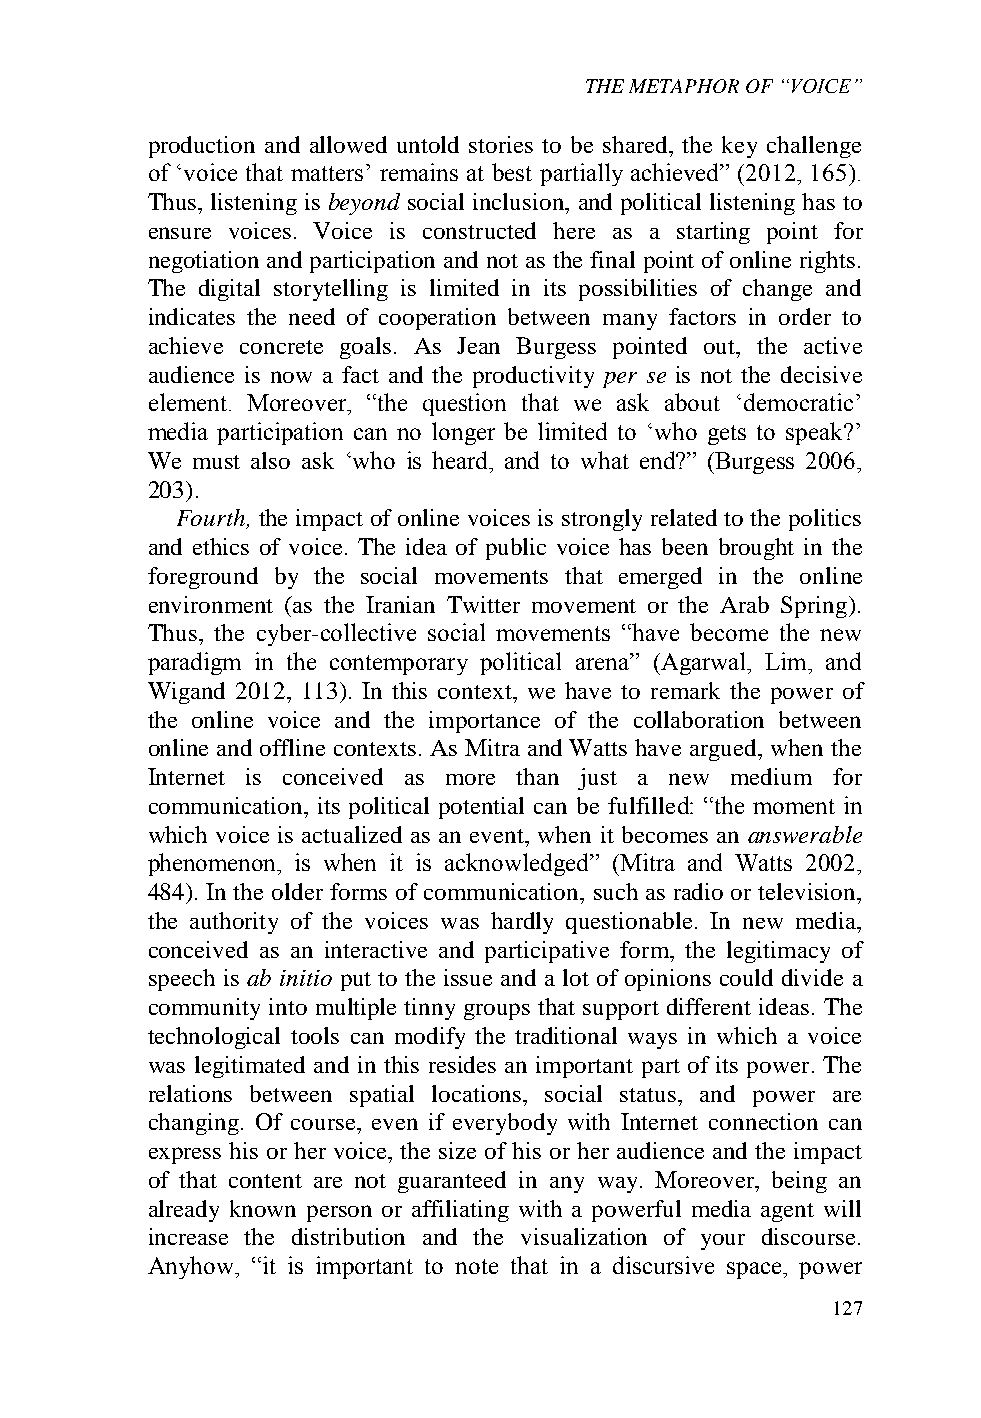
THE METAPHOR OF “VOICE”
 production and allowed untold stories to be shared, the key challenge
 of ‘voice that matters’ remains at best partially achieved” (2012, 165).
 Thus, listening is beyond social inclusion, and political listening has to
 ensure voices. Voice is constructed here as a starting point for
 negotiation and participation and not as the final point of online rights.
 The digital storytelling is limited in its possibilities of change and
 indicates the need of cooperation between many factors in order to
 achieve concrete goals. As Jean Burgess pointed out, the active
 audience is now a fact and the productivity per se is not the decisive
 element. Moreover, “the question that we ask about ‘democratic’
 media participation can no longer be limited to ‘who gets to speak?’
 We must also ask ‘who is heard, and to what end?” (Burgess 2006,
 203).
 Fourth, the impact of online voices is strongly related to the politics
 and ethics of voice. The idea of public voice has been brought in the
 foreground by the social movements that emerged in the online
 environment (as the Iranian Twitter movement or the Arab Spring).
 Thus, the cyber-collective social movements “have become the new
 paradigm in the contemporary political arena” (Agarwal, Lim, and
 Wigand 2012, 113). In this context, we have to remark the power of
 the online voice and the importance of the collaboration between
 online and offline contexts. As Mitra and Watts have argued, when the
 Internet is conceived as more than just a new medium for
 communication, its political potential can be fulfilled: “the moment in
 which voice is actualized as an event, when it becomes an answerable
 phenomenon, is when it is acknowledged” (Mitra and Watts 2002,
 484). In the older forms of communication, such as radio or television,
 the authority of the voices was hardly questionable. In new media,
 conceived as an interactive and participative form, the legitimacy of
 speech is ab initio put to the issue and a lot of opinions could divide a
 community into multiple tinny groups that support different ideas. The
 technological tools can modify the traditional ways in which a voice
 was legitimated and in this resides an important part of its power. The
 relations between spatial locations, social status, and power are
 changing. Of course, even if everybody with Internet connection can
 express his or her voice, the size of his or her audience and the impact
 of that content are not guaranteed in any way. Moreover, being an
 already known person or affiliating with a powerful media agent will
 increase the distribution and the visualization of your discourse.
 Anyhow, “it is important to note that in a discursive space, power
 127